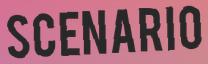
SCENARIO